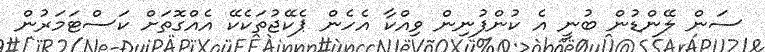
ސަން ލޭންޑުން ބުނީ އެ ކުންފުނިން ވިއްކާ އެހެން ޕެކޭޖުތަކެކޭ އެއްގޮތަށް ކަސްޓަމަރުން